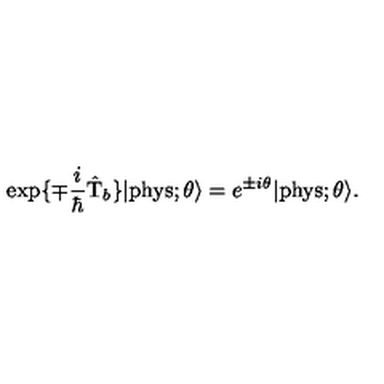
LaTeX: \exp \{ \mp \frac { i } { \hbar } \hat { \mathrm { T } } _ { b } \} | \mathrm { p h y s } ; \theta \rangle = e ^ { \pm i \theta } | \mathrm { p h y s } ; \theta \rangle .